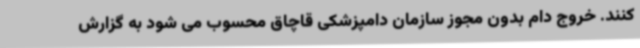
کنند. خروج دام بدون مجوز سازمان دامپزشکی قاچاق محسوب می شود به گزارش